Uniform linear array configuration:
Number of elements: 16
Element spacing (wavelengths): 0.75
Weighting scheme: exponential
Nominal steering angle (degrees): -60
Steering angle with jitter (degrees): -58.821
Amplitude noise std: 0.05
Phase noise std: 0.05

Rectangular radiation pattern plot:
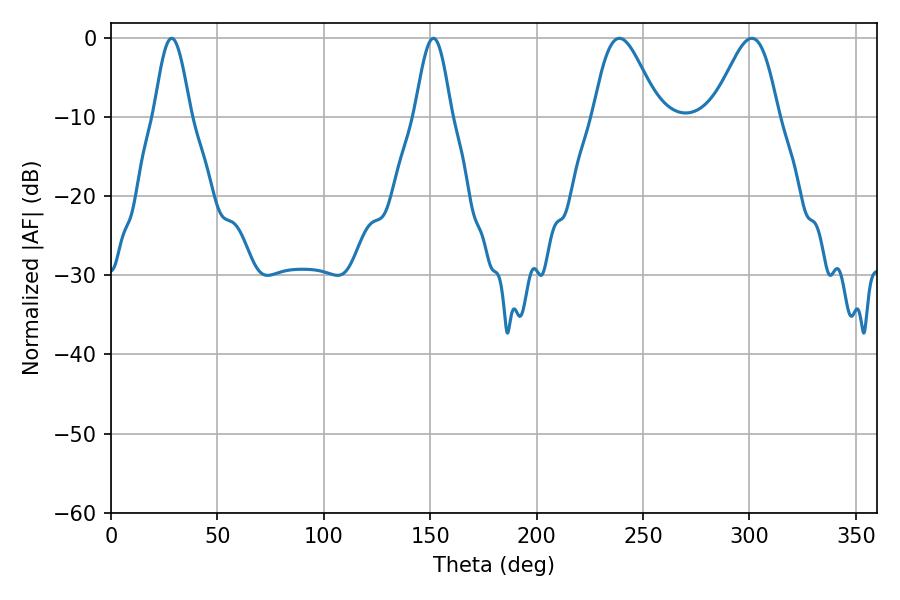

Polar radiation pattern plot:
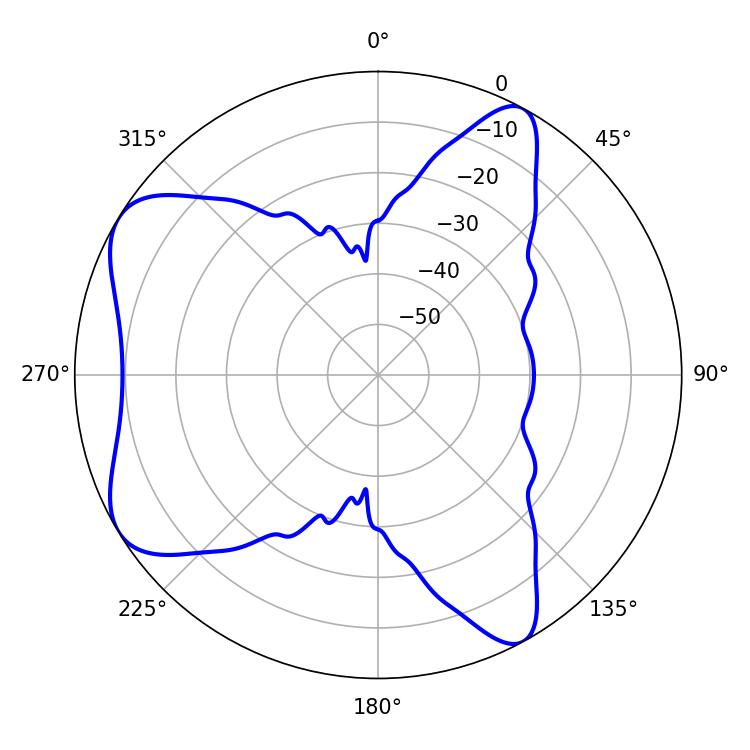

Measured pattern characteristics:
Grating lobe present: TRUE
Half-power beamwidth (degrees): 16.2
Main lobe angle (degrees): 238.86